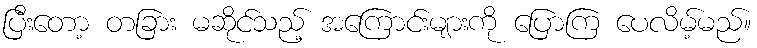
ပြီးတော့ တခြား မဆိုင်သည့် အကြောင်းများကို ပြောကြ ပေလိမ့်မည်။